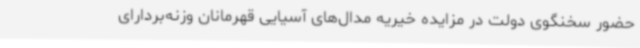
حضور سخنگوی دولت در مزایده خیریه مدال‌های آسیایی قهرمانان وزنه‌بردارای